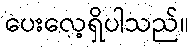
ပေးလေ့ရှိပါသည်။